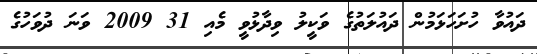
ދައުވާ ހުށަހަޅަމުން ދައުލަތުގެ ވަކީލު ވިދާޅުވީ މެއި 31 2009 ވަނަ ދުވަހުގެ